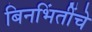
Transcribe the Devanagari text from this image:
बिनभिंतींचे